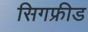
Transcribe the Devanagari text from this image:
सिगफ्रीड